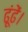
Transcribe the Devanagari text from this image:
ढूंढें।